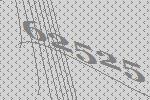
62525